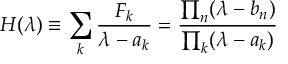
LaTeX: { \cal H } ( \lambda ) \equiv \sum _ { k } { \frac { F _ { k } } { \lambda - a _ { k } } } = { \frac { \prod _ { n } ( \lambda - b _ { n } ) } { \prod _ { k } ( \lambda - a _ { k } ) } }